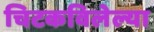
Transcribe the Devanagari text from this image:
चिटकविलेल्या